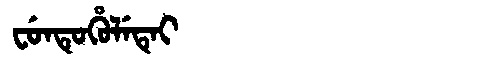
Manchu: ᠸᡠᠨᡨᡠᡥᡠᠯᡝᡨᡝᡳ
Romanization: FUNTUHULETEI